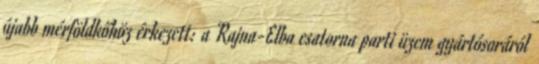
újabb mérföldkőhöz érkezett: a Rajna-Elba csatorna parti üzem gyártósoráról